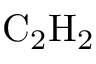
\mathrm { { C _ { 2 } H _ { 2 } } }